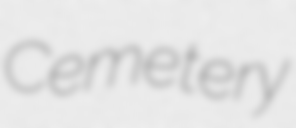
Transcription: Cemetery